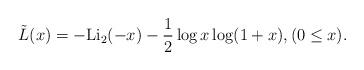
LaTeX: \begin{align*}\tilde{L}(x)&=-\mathrm{Li_2}(-x)-\frac{1}{2}\log x \log(1+x),(0\leq x).\end{align*}